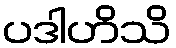
ပဒါဟိသိ